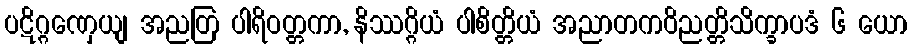
ပဋိဂ္ဂဏှေယျ အညတြ ပါရိဝတ္တကာ, နိဿဂ္ဂိယံ ပါစိတ္တိယံ အညာတကဝိညတ္တိသိက္ခာပဒံ ၆ ယော